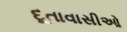
દૂતાવાસીઓ